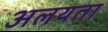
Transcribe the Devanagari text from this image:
अलयता